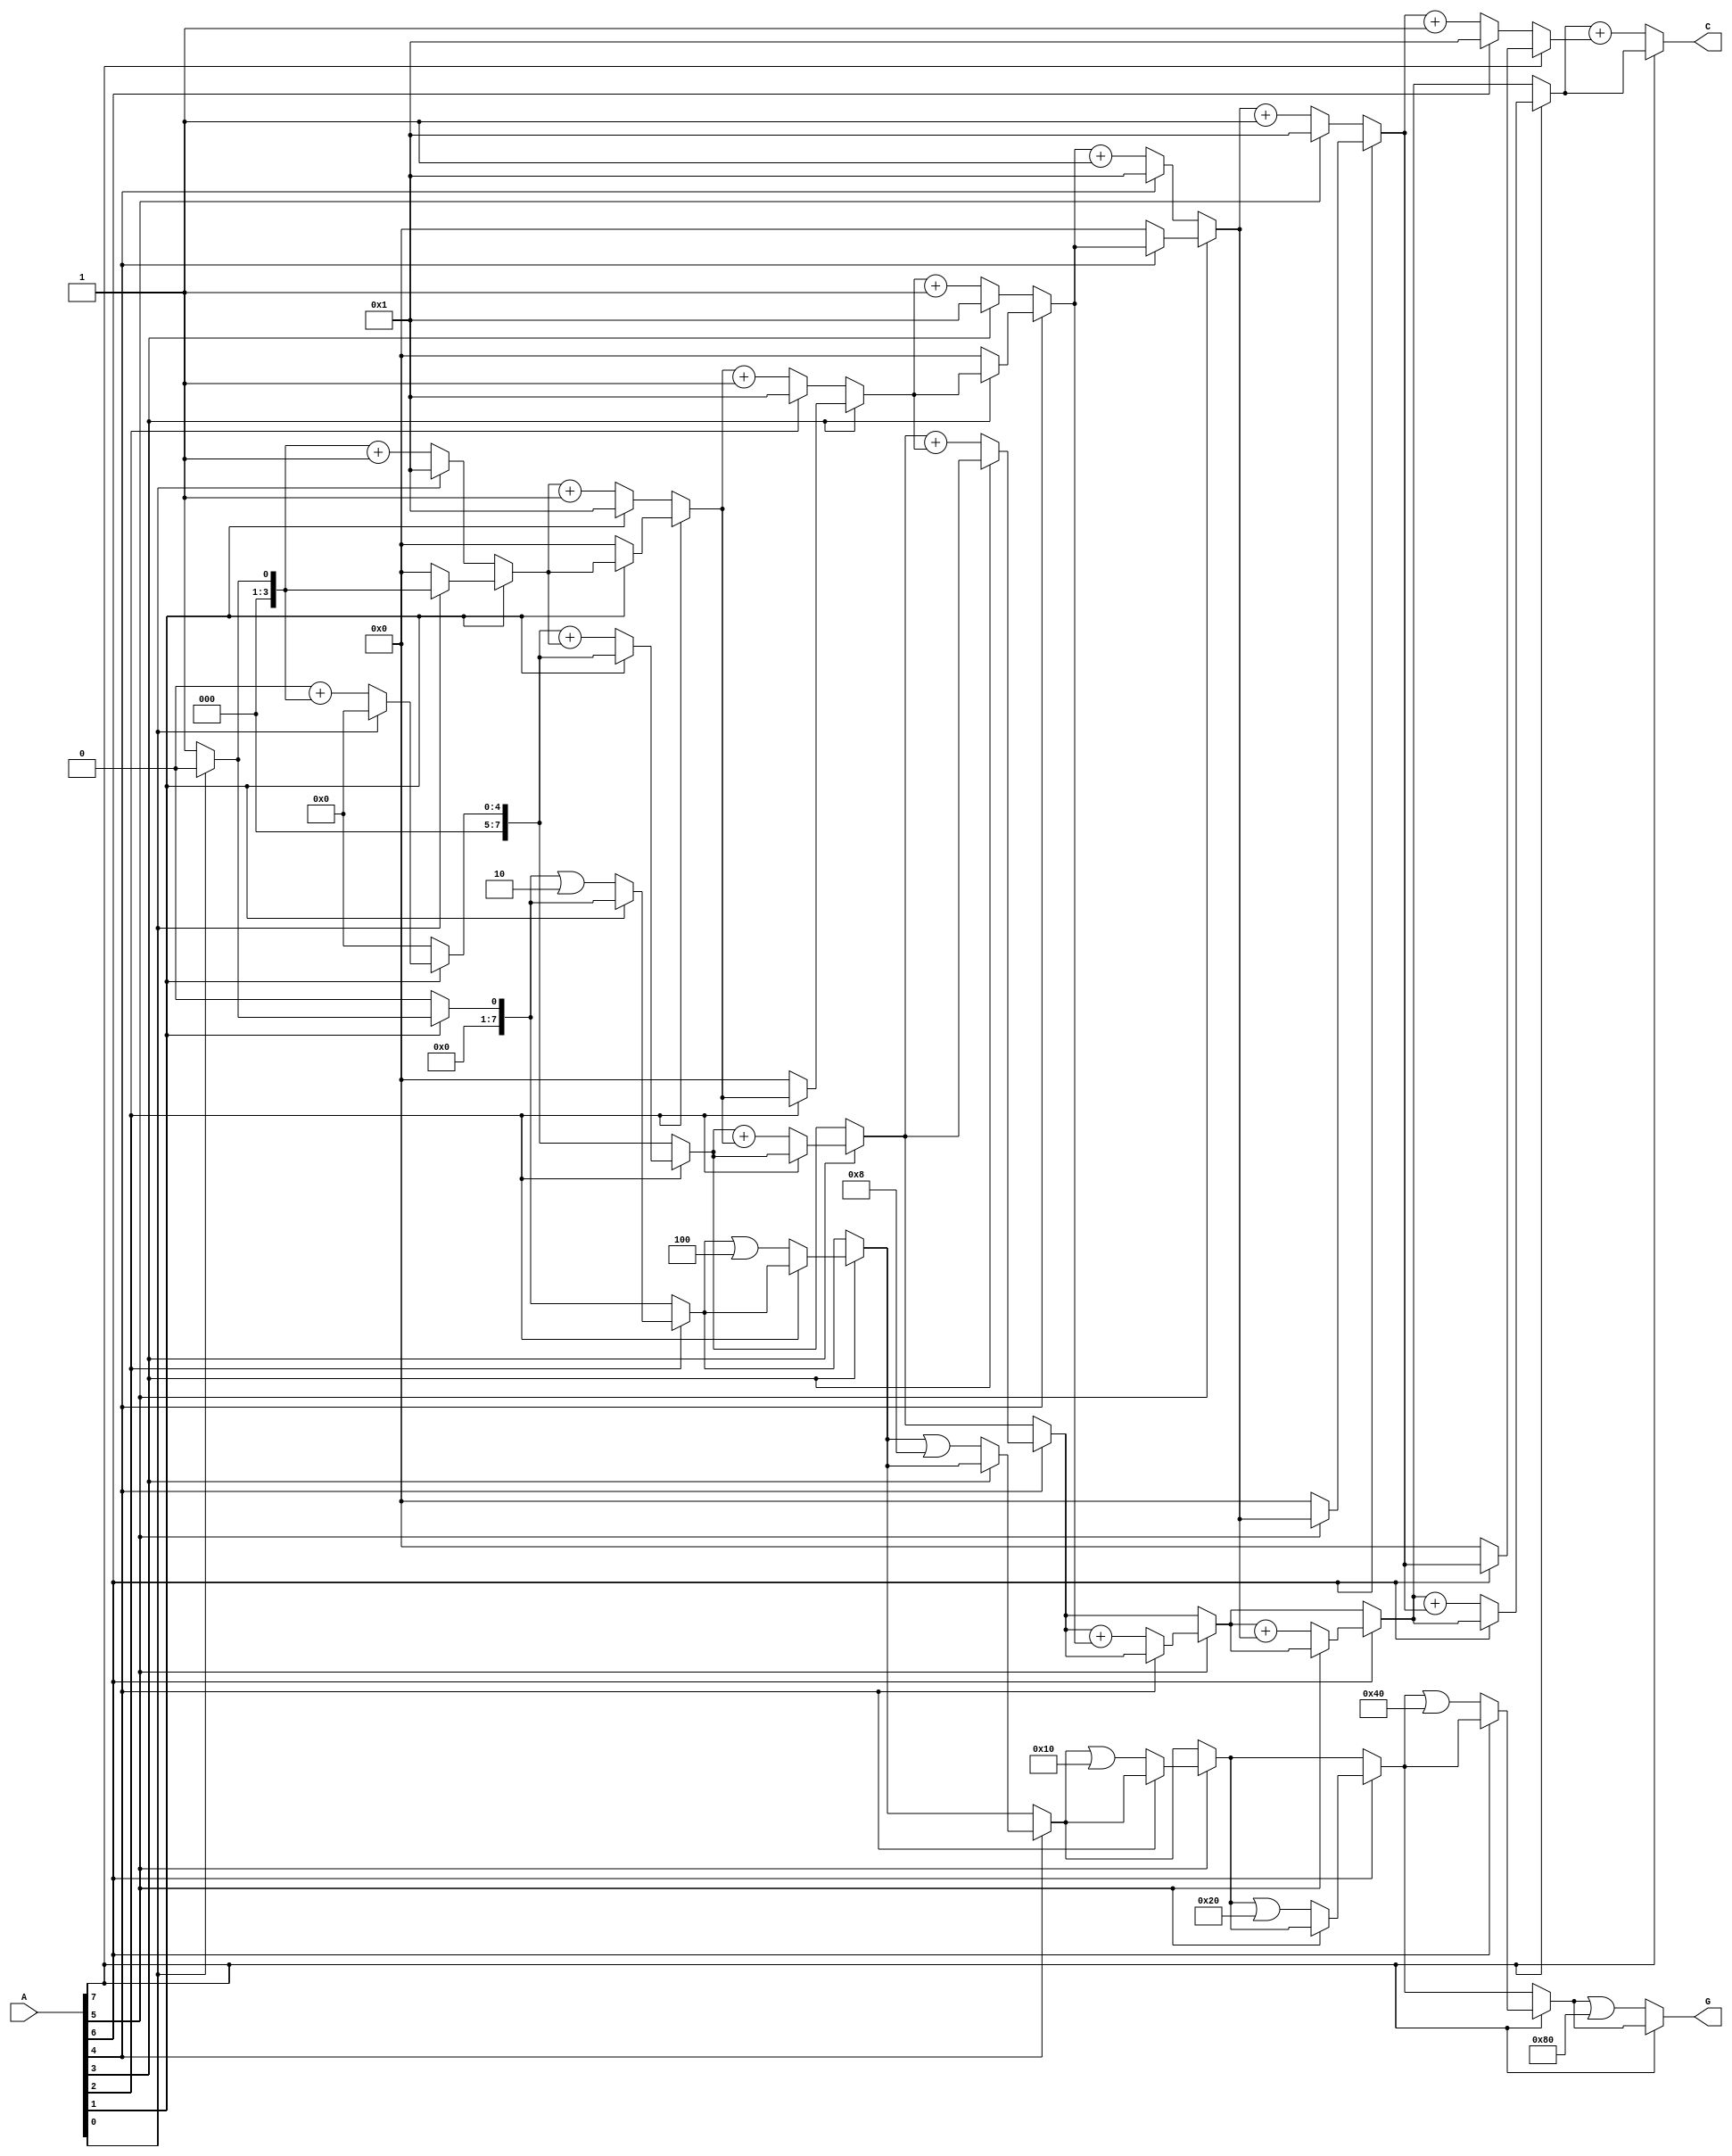
module grouping_of_zeros #(parameter N = 8) (
    input wire [N-1:0] A,        // Input signal
    output reg [N-1:0] G,        // Grouped output
    output reg [N-1:0] C         // Count output (binary representation)
);

    integer i;
    reg [N-1:0] zero_group;        // Holds the grouped zeros
    reg [3:0] count;               // Count of consecutive zeros
    reg in_zero_group;             // Flag indicating if we are in a zero group

    always @* begin
        // Initialize outputs
        G = 0;
        C = 0;
        zero_group = 0;
        count = 0;
        in_zero_group = 0;

        // Loop through the input signal
        for (i = 0; i < N; i = i + 1) begin
            if (A[i] == 0) begin
                if (~in_zero_group) begin
                    // New zero group found
                    in_zero_group = 1;
                    count = 1;
                end else begin
                    // Continue counting zeros
                    count = count + 1;
                end
            end else begin
                // If we encounter a one and are currently in zero group
                if (in_zero_group) begin
                    // Update grouped output (format: start position to end position)
                    zero_group = (1 << (i - 1)); // start of the group
                    G = G | zero_group;          // Set the start of the group
                    C = C + count;               // Update count
                    count = 0;                   // Reset count
                    in_zero_group = 0;           // Reset group flag
                end
            end
        end

        // Handle edge case: if input ends with zeros
        if (in_zero_group) begin
            zero_group = (1 << (N-1)); // mark the end of the last group
            G = G | zero_group;       // Set the end of the last group
            C = C + count;            // Update count for the last group
        end
    end
endmodule